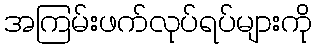
အကြမ်းဖက်လုပ်ရပ်များကို